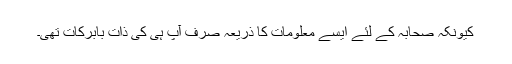
کیونکہ صحابہ کے لئے ایسے معلومات کا ذریعہ صرف آپ ہی کی ذات بابرکات تھی۔